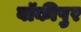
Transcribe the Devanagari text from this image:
बॉकीपुर